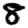
Digit: 8